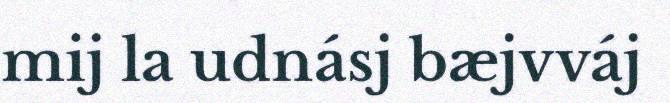
mij la udnásj bæjvváj